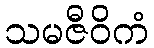
သမဇီဝိကံ